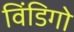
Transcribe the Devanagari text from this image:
विंडिगो